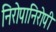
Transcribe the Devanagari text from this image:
निरोपानिरोपी